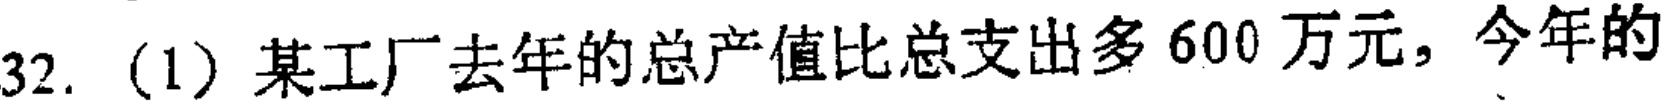
32.（1）某工厂去年的总产值比总支出多 600 万元，今年的